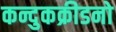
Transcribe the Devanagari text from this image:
कन्दुकक्रीडनो